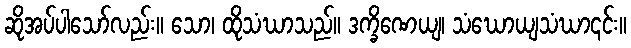
ဆိုအပ်ပါသော်လည်း။ သော၊ ထိုသံဃာသည်။ ဒက္ခိဏေယျ၊ သံဃောယျသံဃာ၎င်း။